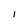
Character: I